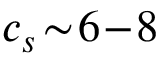
c _ { s } \! \sim \! 6 \! - \! 8